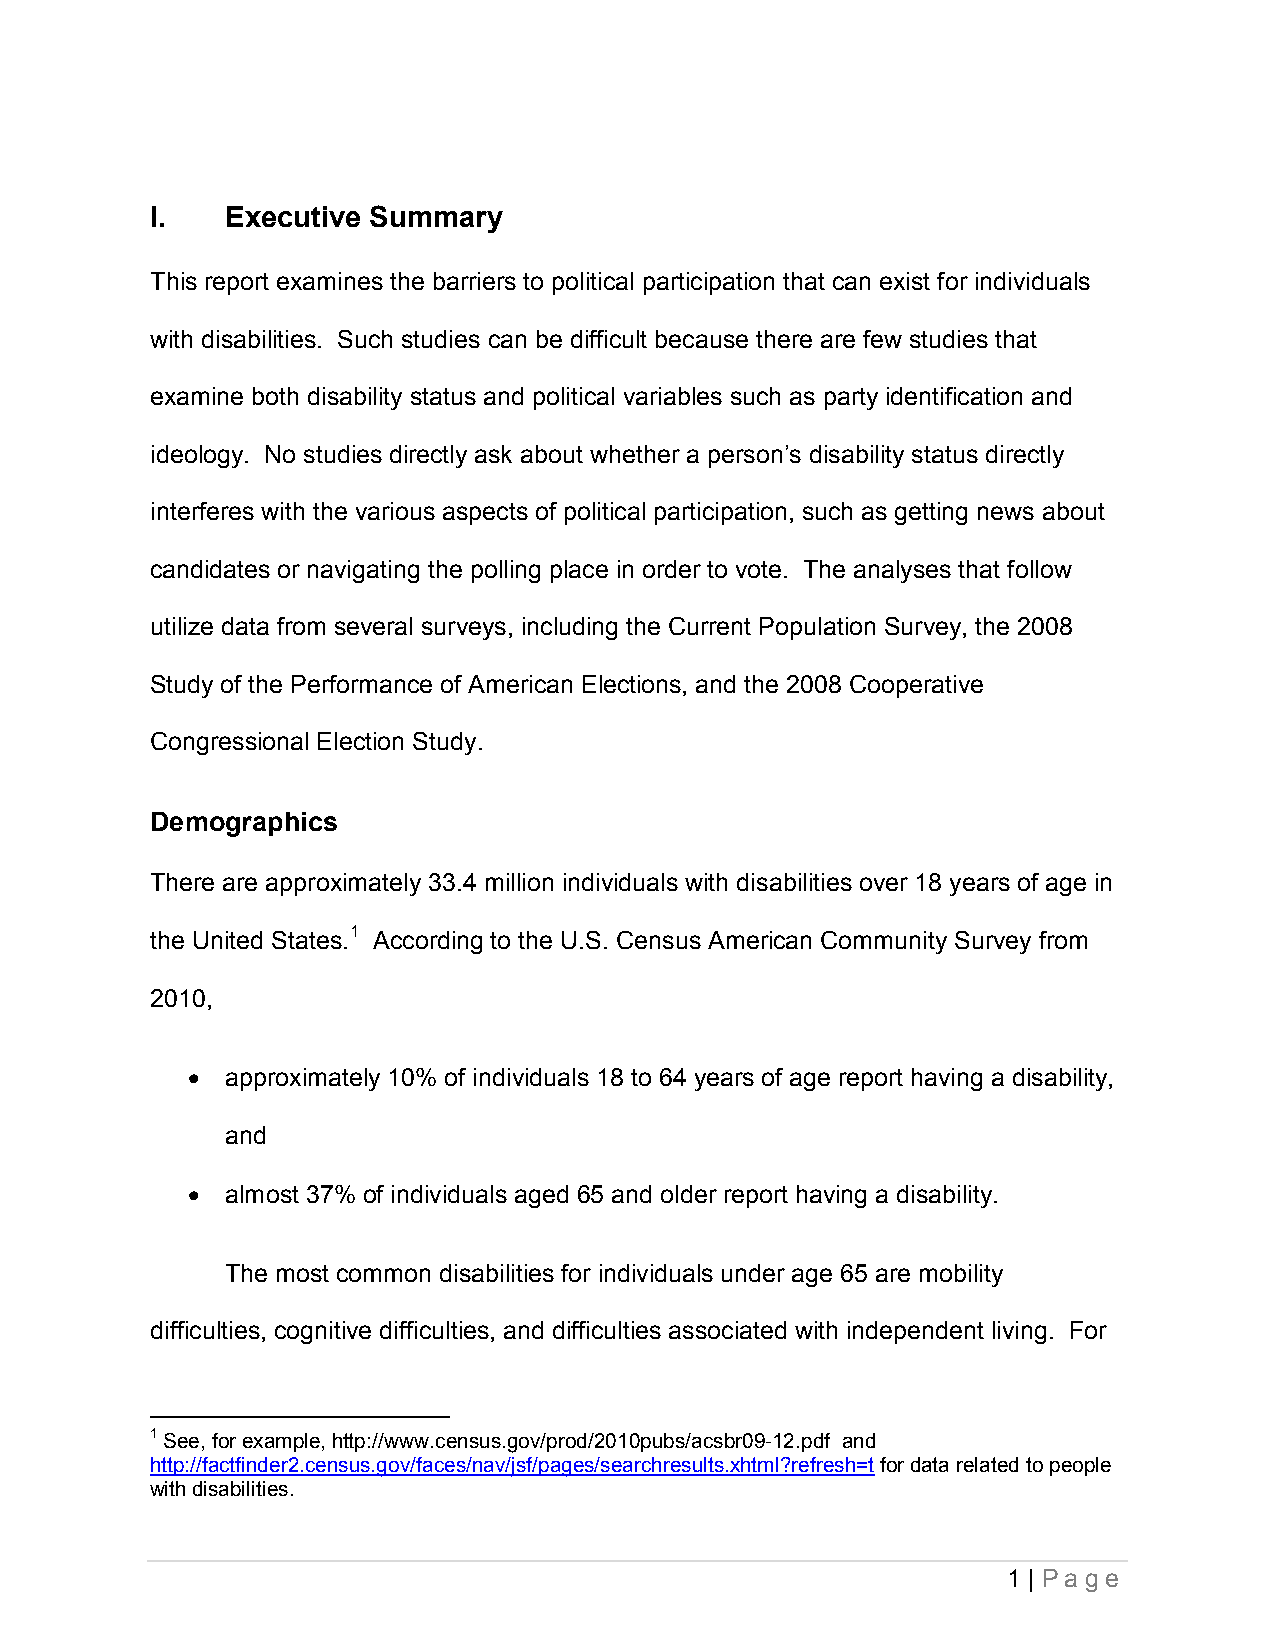
I.   Executive Summary
 This report examines the barriers to political participation that can exist for individuals
 with disabilities. Such studies can be difficult because there are few studies that
 examine both disability status and political variables such as party identification and
 ideology. No studies directly ask about whether a person’s disability status directly
 interferes with the various aspects of political participation, such as getting news about
 candidates or navigating the polling place in order to vote. The analyses that follow
 utilize data from several surveys, including the Current Population Survey, the 2008
 Study of the Performance of American Elections, and the 2008 Cooperative
 Congressional Election Study.
 Demographics
 There are approximately 33.4 million individuals with disabilities over 18 years of age in
 the United States.1 According to the U.S. Census American Community Survey from
 2010,
 •  approximately 10% of individuals 18 to 64 years of age report having a disability,
 and
 •  almost 37% of individuals aged 65 and older report having a disability.
 The most common disabilities for individuals under age 65 are mobility
 difficulties, cognitive difficulties, and difficulties associated with independent living. For
 1 See, for example, http://www.census.gov/prod/2010pubs/acsbr09-12.pdf and
 http://factfinder2.census.gov/faces/nav/jsf/pages/searchresults.xhtml?refresh=t for data related to people
 with disabilities.
 1 | Pa ge